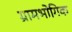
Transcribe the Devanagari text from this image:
ग्रामभोगिक